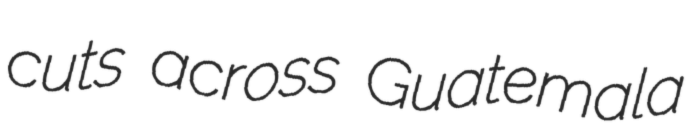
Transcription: cuts across Guatemala